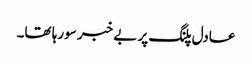
عادل پلنگ پر بے خبر سورہا تھا۔